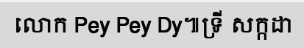
លោក Pey Pey Dy៕ទ្រី សក្កដា